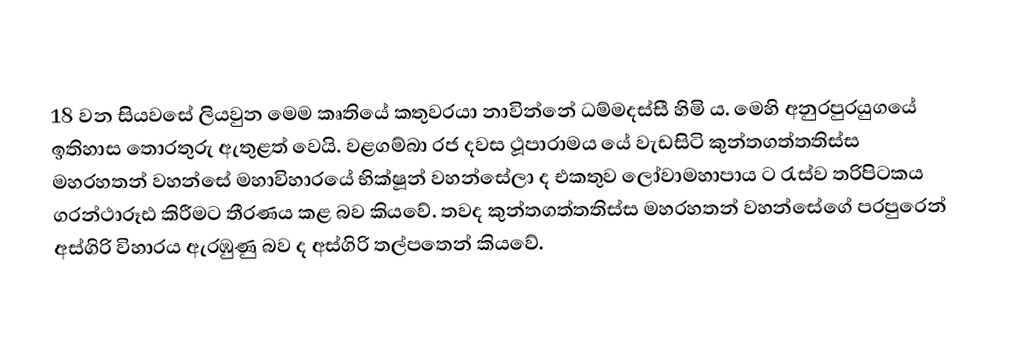
18 වන සියවසේ ලියවුන මෙම  කෘතියේ කතුවරයා නාවින්නේ ධම්මදස්සී හිමි ය. මෙහි  අනුරපුරයුගයේ ඉතිහාස තොරතුරු ඇතුළත් වෙයි. වළගම්බා රජ දවස ථූපාරාමය යේ වැඩසිටි  කුන්තගත්තතිස්ස මහරහතන් වහන්සේ මහාවිහාරයේ  භික්ෂූන් වහන්සේලා ද එකතුව  ලෝවාමහාපාය ට රැස්ව ත‍්‍රිපිටකය ග‍්‍රන්ථාරූඪ කිරීමට තීරණය කළ බව කියවේ. තවද  කුන්තගත්තතිස්ස මහරහතන් වහන්සේගේ පරපුරෙන් අස්ගිරි විහාරය ඇරඹුණු බව ද අස්ගිරි තල්පතෙන් කියවේ.